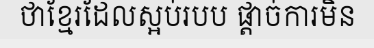
ថាខ្មែរដែលស្អប់របប ផ្តាច់ការមិន